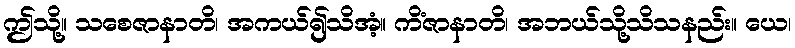
ဤသို့။ သစေဇာနာတိ၊ အကယ်၍သိအံ့။ ကိံဇာနာတိ၊ အဘယ်သို့သိသနည်း။ ယေ၊